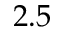
2 . 5